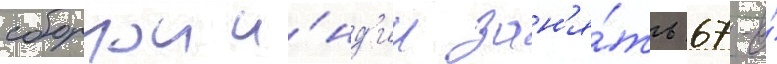
сборнои и́нд'ии зан'я́ть 67-е́